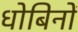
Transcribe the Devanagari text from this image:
धोबिनों